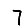
Digit: 7